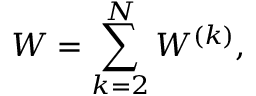
W = \sum _ { k = 2 } ^ { N } W ^ { ( k ) } ,